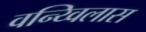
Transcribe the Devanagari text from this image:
वन्य्विलास